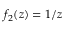
f _ { 2 } ( z ) = 1 / z \quad